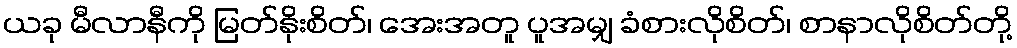
ယခု မီလာနီကို မြတ်နိုးစိတ်၊ အေးအတူ ပူအမျှ ခံစားလိုစိတ်၊ စာနာလိုစိတ်တို့